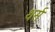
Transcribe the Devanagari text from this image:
थर्स